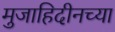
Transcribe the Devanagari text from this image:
मुजाहिदीनच्या